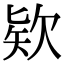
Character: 欵